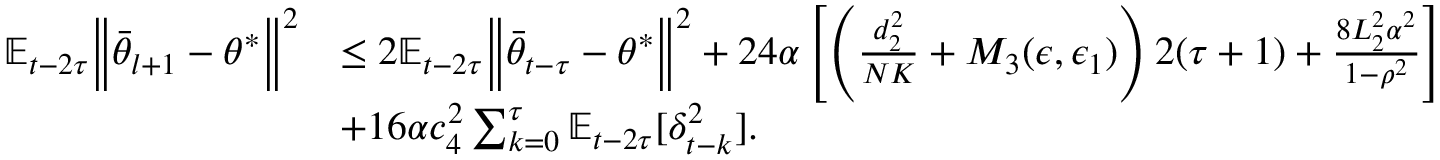
\begin{array} { r l } { \mathbb { E } _ { t - 2 \tau } \Big \lVert \bar { \theta } _ { l + 1 } - \theta ^ { * } \Big \rVert ^ { 2 } } & { \le 2 \mathbb { E } _ { t - 2 \tau } \Big \lVert \bar { \theta } _ { t - \tau } - \theta ^ { * } \Big \rVert ^ { 2 } + 2 4 \alpha \left[ \left( \frac { d _ { 2 } ^ { 2 } } { N K } + M _ { 3 } ( \epsilon , \epsilon _ { 1 } ) \right) 2 ( \tau + 1 ) + \frac { 8 L _ { 2 } ^ { 2 } \alpha ^ { 2 } } { 1 - \rho ^ { 2 } } \right] } \\ & { + 1 6 \alpha c _ { 4 } ^ { 2 } \sum _ { k = 0 } ^ { \tau } \mathbb { E } _ { t - 2 \tau } [ \delta _ { t - k } ^ { 2 } ] . } \end{array}